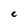
Character: e